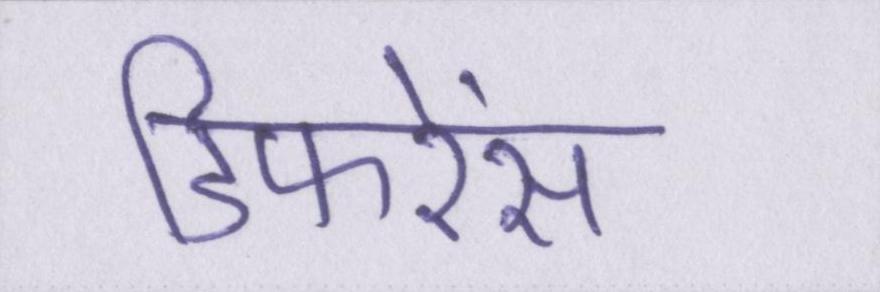
डिफरेंस